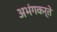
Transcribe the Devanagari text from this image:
अभंगकर्ते